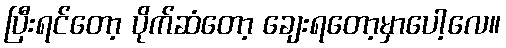
ပြီးရင်တော့ ပိုက်ဆံတော့ ချေးရတော့မှာပေါ့လေ။